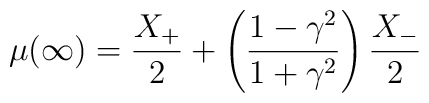
\mu(\infty)=\frac{X_+}{2} + \left( \frac{1-\gamma^2}{1+\gamma^2} \right) \frac{X_-}{2}\